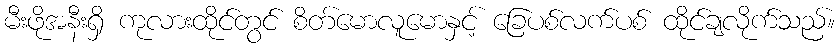
မီးဖိုအနီးရှိ ကုလားထိုင်တွင် စိတ်မောလူမောနှင့် ခြေပစ်လက်ပစ် ထိုင်ချလိုက်သည်။